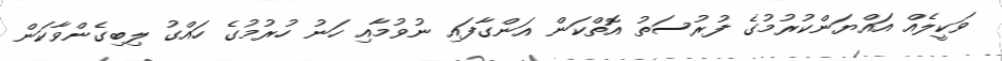
ވަކީލެއް އައްޔަންކުރުމުގެ ފުރުސަތު އޮތްކަން އަންގާފައި ނުވުމާއި ހަނު ހުރުމުގެ ހައްގު ލިބިގެންވާކަން